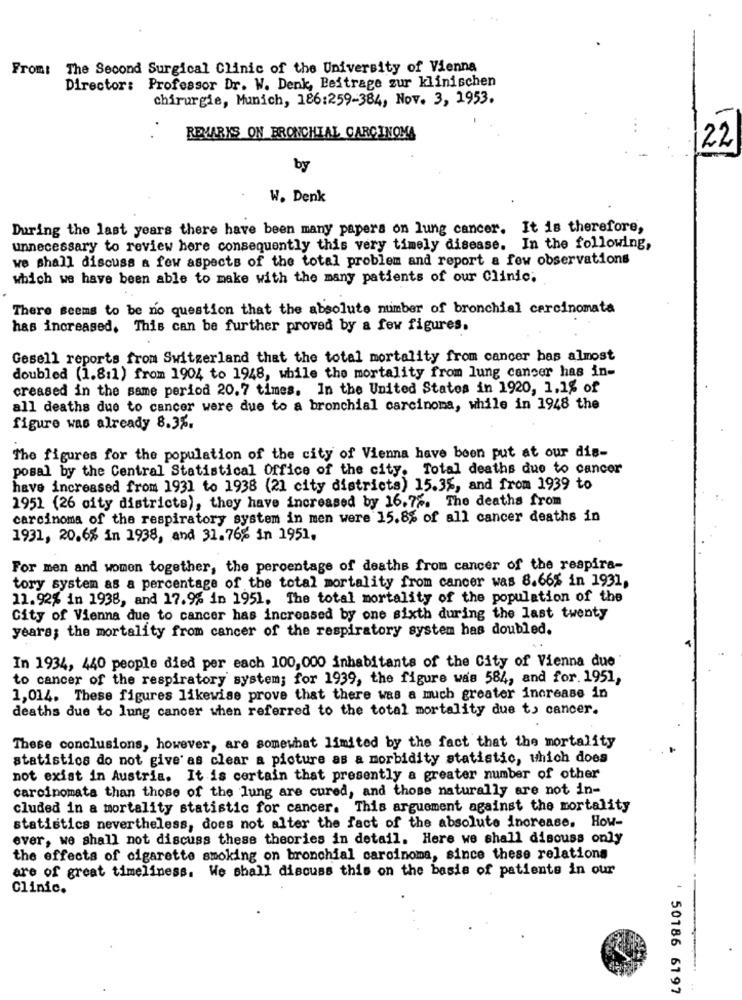
From: The Second Surgical Clinic of the University of Vienna
Director: Professor Dr. W. Denk, Beitrage zur klinischen
chirurgie, Munich, 186:259-384, Nov. 3, 1953.
REMARKS ON BRONCHIAL CARCINOMA
22
by
W. Denk
During the last years there have been many papers on lung cancer. It is therefore,
unnecessary to review here consequently this very timely disease. In the following,
we shall discuss a few aspects of the total problem and report a few observations
which we have been able to make with the many patients of our Clinic;
There seems to be no question that the absolute number of bronchial carcinomata
has increased. This can be further proved by a few figures.
Gesell reports from Switzerland that the total mortality from cancer bas almost
doubled (1.8:1) from 1904 to 1948, while the mortality from lung cancer has in-
creased in the same period 20.7 times. In the United States in 1920, 1.1% of
all deaths due to cancer were due to a bronchial carcinoma, while in 1948 the
figure was already 8.35.
The figures for the population of the city of Vienna have been put at our dis-
posal by the Central Statistical Office of the city. Total deaths due to cancer
have increased from 1931 to 1938 (21 city districts) 15.3%, and from 1939 to
1951 (26 city districts), they have increased by 16.75. The deaths from
carcinoma of the respiratory system in men were 15.8% of all cancer deaths in
1931, 20.6% in 1938, and 31.76% in 1951.
For men and women together, the percentage of deaths from cancer of the respira-
tory system as a percentage of the total mortality from cancer was 8.66% in 1931,
11.92% in 1938, and 17.9% in 1951. The total mortality of the population of the
City of Vienna due to cancer has increased by one sixth during the last twenty
years; the mortality from cancer of the respiratory system has doubled.
In 1934, 440 people died per each 100,000 inhabitants of the City of Vienna due'
to cancer of the respiratory system; for 1939, the figure was 584, and for. 1951,
1,014. These figures likewise prove that there was a much greater increase in
deaths due to lung cancer when referred to the total mortality due to cancer.
These conclusions, however, are somewhat limited by the fact that the mortality
statistics do not give as clear a picture as a morbidity statistic, which does
not exist in Austria. It is certain that presently a greater number of other
carcinomata than those of the lung are cured, and those naturally are not in-
cluded in a mortality statistic for cancer. This arguement against the mortality
statistics nevertheless, does not alter the fact of the absolute increase. How-
ever, we shall not discuss these theories in detail. Here we shall discuss only
the effects of cigarette smoking on bronchial carcinoma, since these relations
are of great timeliness. We shall discuss this on the basis of patients in our
Clinic.
: 50186 6197